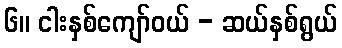
၆။ ငါးနှစ်ကျော်ဝယ် - ဆယ်နှစ်ရွယ်